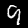
Digit: 9